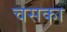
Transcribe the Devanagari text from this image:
चसका